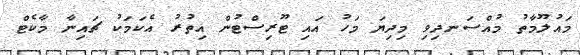
މައުލޫމާތު މުއްސަނދިވި މިދިޔަ މަހު އައި ޓޫރިސްޓުން އިތުރު އެކަމަކު ޗައިނާ މާކެޓް